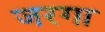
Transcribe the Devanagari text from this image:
जरगा